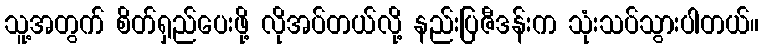
သူ့အတွက် စိတ်ရှည်ပေးဖို့ လိုအပ်တယ်လို့ နည်းပြဇီဒန်းက သုံးသပ်သွားပါတယ်။